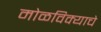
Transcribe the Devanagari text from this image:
मोळविक्याचे